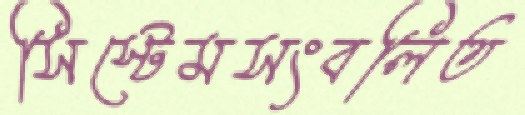
সিস্টেমসংবলিত